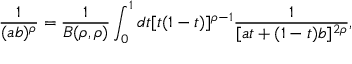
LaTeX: \frac { 1 } { ( a b ) ^ { \rho } } = \frac { 1 } { B ( \rho , \rho ) } \int _ { 0 } ^ { 1 } d t [ t ( 1 - t ) ] ^ { \rho - 1 } \frac { 1 } { [ a t + ( 1 - t ) b ] ^ { 2 \rho } } ,